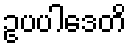
ဥပပါဒေတိ